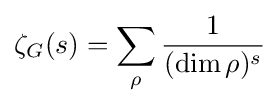
\zeta _{G}(s)=\sum _{\rho }{\frac {1}{(\dim \rho )^{s}}}